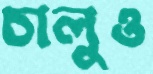
চালুও